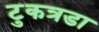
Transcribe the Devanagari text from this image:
टुकत्रडा